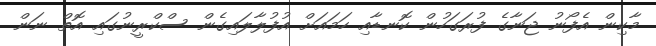
މާކިން އެފޯނު ޖަނާގެ ފުރަގަހުން ކޮނޑާއި ހަމައަށް އުފުލާލައިގެން ސްކްރީނުގައި އޮތް ނަން